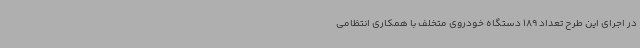
در اجرای این طرح تعداد 189 دستگاه خودروی متخلف با همکاری انتظامی